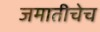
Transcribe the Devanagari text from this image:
जमातीचेच